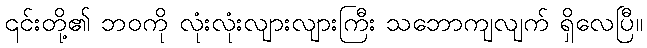
၎င်းတို့၏ ဘဝကို လုံးလုံးလျားလျားကြီး သဘောကျလျက် ရှိလေပြီ။